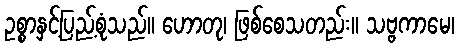
ဥစ္စာနှင့်ပြည့်စုံသည်။ ဟောတု၊ ဖြစ်စေသတည်း။ သဗ္ဗကာမေ၊